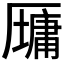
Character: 𫨠